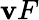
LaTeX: \mathbf{v}F